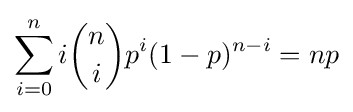
\sum _{i=0}^{n}i{n \choose i}p^{i}(1-p)^{n-i}=np